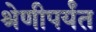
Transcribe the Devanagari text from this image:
श्रेणीपर्यंत